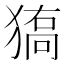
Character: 𤠬